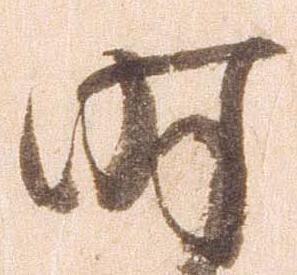
時